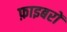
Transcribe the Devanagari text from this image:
फ़ाइबरों